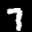
Label: 7